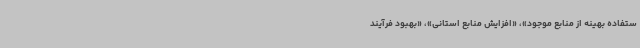
ستفاده بهینه از منابع موجود»، «افزایش منابع استانی»، «بهبود فرآیند